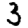
Digit: 3